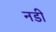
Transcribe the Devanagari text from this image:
नडी